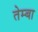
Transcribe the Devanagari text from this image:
तेम्बा